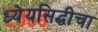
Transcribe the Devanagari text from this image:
ध्येयसिद्धीचा